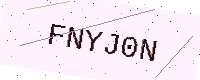
Text: FNYJ0N